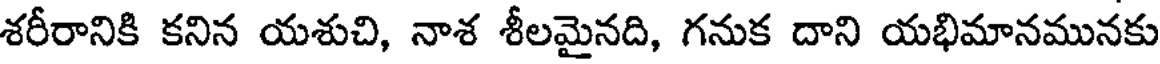
శరీరానికి కనిన యశుచి, నాశ శీలమైనది, గనుక దాని యభిమానమునకు